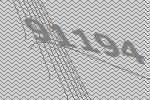
91194